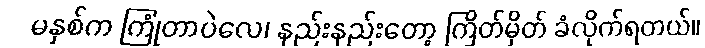
မနှစ်က ကြုံတာပဲလေ၊ နည်းနည်းတော့ ကြိတ်မှိတ် ခံလိုက်ရတယ်။